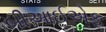
બીઆઈએફ